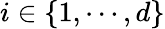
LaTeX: i\in\{ 1,\cdots,d\}